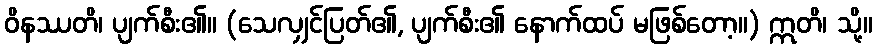
ဝိနဿတိ၊ ပျက်စီး၏။ (သေလျှင်ပြတ်၏, ပျက်စီး၏ နောက်ထပ် မဖြစ်တော့။) ဣတိ၊ သို့။